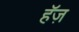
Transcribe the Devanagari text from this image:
हॅज़